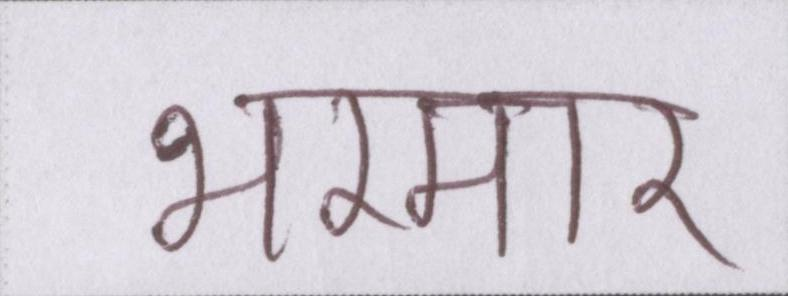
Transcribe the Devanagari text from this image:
भरमार